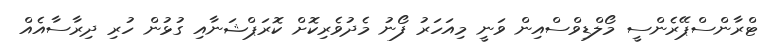
ޓްރާންސްޕޭރެންސީ މޯލްޑިވްސްއިން ވަނީ މިއަހަރު ފޯނު މެދުވެރިކޮށް ކޮރަޕްޝަނާއި ގުޅުން ހުރި ދިރާސާއެއް